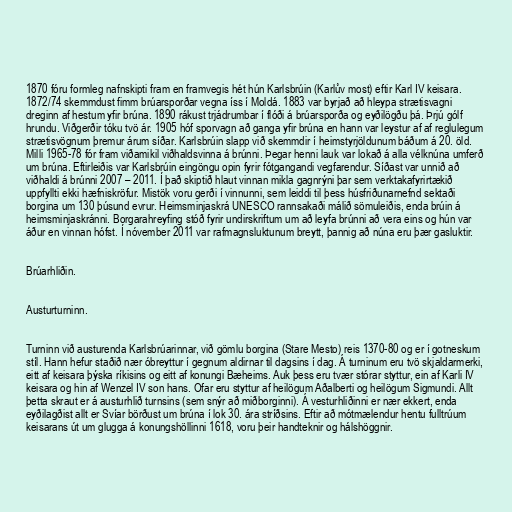
1870 fóru formleg nafnskipti fram en framvegis hét hún Karlsbrúin (Karlův most) eftir Karl IV keisara.
1872/74 skemmdust fimm brúarsporðar vegna íss í Moldá. 1883 var byrjað að hleypa strætisvagni
dreginn af hestum yfir brúna. 1890 rákust trjádrumbar í flóði á brúarsporða og eyðilögðu þá. Þrjú gólf
hrundu. Viðgerðir tóku tvö ár. 1905 hóf sporvagn að ganga yfir brúna en hann var leystur af af reglulegum
strætisvögnum þremur árum síðar. Karlsbrúin slapp við skemmdir í heimstyrjöldunum báðum á 20. öld.
Milli 1965-78 fór fram viðamikil viðhaldsvinna á brúnni. Þegar henni lauk var lokað á alla vélknúna umferð
um brúna. Eftirleiðis var Karlsbrúin eingöngu opin fyrir fótgangandi vegfarendur. Síðast var unnið að
viðhaldi á brúnni 2007 – 2011. Í það skiptið hlaut vinnan mikla gagnrýni þar sem verktakafyrirtækið
uppfyllti ekki hæfniskröfur. Mistök voru gerði í vinnunni, sem leiddi til þess húsfriðunarnefnd sektaði
borgina um 130 þúsund evrur. Heimsminjaskrá UNESCO rannsakaði málið sömuleiðis, enda brúin á
heimsminjaskránni. Borgarahreyfing stóð fyrir undirskriftum um að leyfa brúnni að vera eins og hún var
áður en vinnan hófst. Í nóvember 2011 var rafmagnsluktunum breytt, þannig að núna eru þær gasluktir.

Brúarhliðin.

Austurturninn.

Turninn við austurenda Karlsbrúarinnar, við gömlu borgina (Stare Mesto) reis 1370-80 og er í gotneskum
stíl. Hann hefur staðið nær óbreyttur í gegnum aldirnar til dagsins í dag. Á turninum eru tvö skjaldarmerki,
eitt af keisara þýska ríkisins og eitt af konungi Bæheims. Auk þess eru tvær stórar styttur, ein af Karli IV
keisara og hin af Wenzel IV son hans. Ofar eru styttur af heilögum Aðalberti og heilögum Sigmundi. Allt
þetta skraut er á austurhlið turnsins (sem snýr að miðborginni). Á vesturhliðinni er nær ekkert, enda
eyðilagðist allt er Svíar börðust um brúna í lok 30. ára stríðsins. Eftir að mótmælendur hentu fulltrúum
keisarans út um glugga á konungshöllinni 1618, voru þeir handteknir og hálshöggnir.